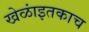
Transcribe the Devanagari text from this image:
खेळांइतकाच